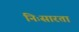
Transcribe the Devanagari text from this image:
निःसारता